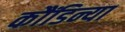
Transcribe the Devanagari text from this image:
कौंडिन्या